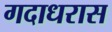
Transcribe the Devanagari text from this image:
गदाधरास